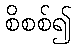
စိစစ်၍